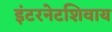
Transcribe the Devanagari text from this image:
इंटरनेटशिवाय